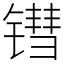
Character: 𬭬